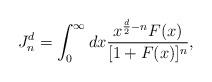
LaTeX: \begin{align*}J_{n}^{d}=\int_{0}^{\infty}dx\frac{x^{\frac{d}{2}-n}F(x)}{[1+F(x)]^{n}},\end{align*}